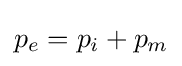
p_{e}=p_{i}+p_{m}